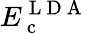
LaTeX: E_{\mathrm{~c~}}^{\mathrm{~L~D~A~}}